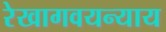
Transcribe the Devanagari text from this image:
रेखागवयन्याय